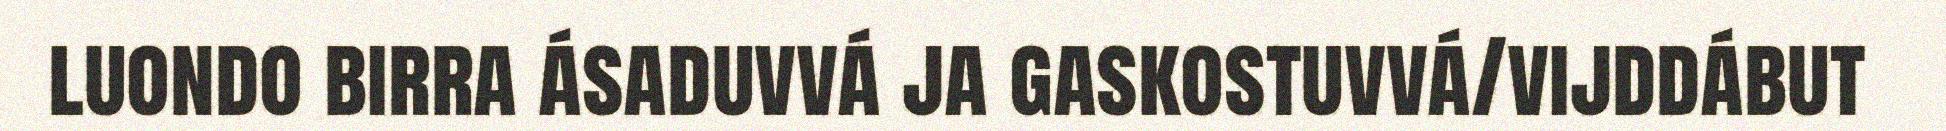
luondo birra ásaduvvá ja gaskostuvvá/vijddábut